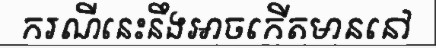
ករណីនេះនឹងអាចកើតមាននៅ